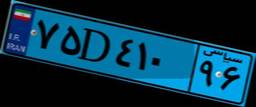
۷۵D۴۱۰۹۶